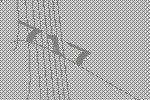
717